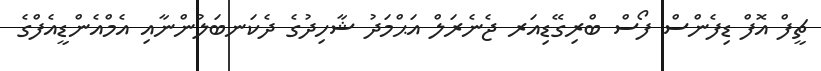
ޗީފް އޮފް ޑިފެންސް ފޯސް ބްރިގޭޑިއަރ ޖެނެރަލް އަޙްމަދު ޝާހިދުގެ ދެކަނބަލުންނާއި އެމްއެންޑީއެފްގެ